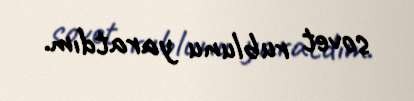
sovet rublunu yaratdım.